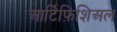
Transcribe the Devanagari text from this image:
आर्टिफ़िशिअल